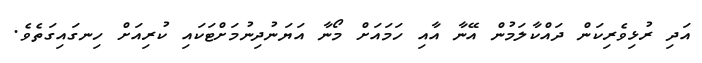
އަދި ރުޅިވެރިކަން ދައްކާލަމުން އޭނާ އާއި ހަމައަށް މޯނާ އަޔަނުދިނުމަށްޓަކައި ކުރިއަށް ހިނގައިގަތެވެ.